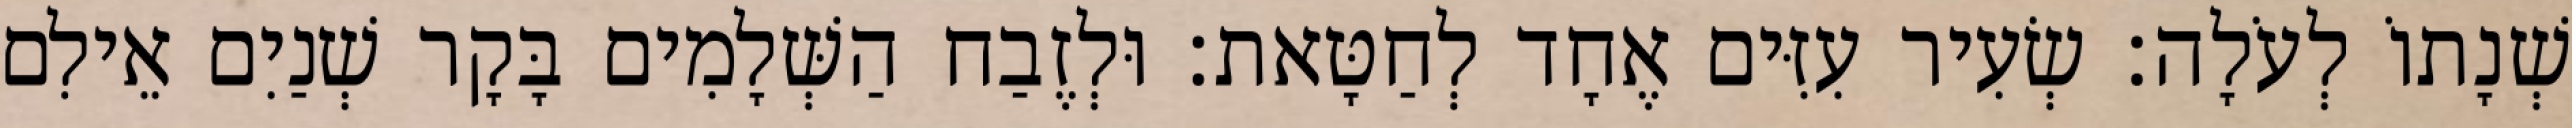
שְׁנָתוֹ לְעֹלָה׃ שְׂעִיר עִזִּים אֶחָד לְחַטָּאת׃ וּלְזֶבַח הַשְּׁלָמִים בָּקָר שְׁנַיִם אֵילִם